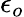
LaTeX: \epsilon_{o}